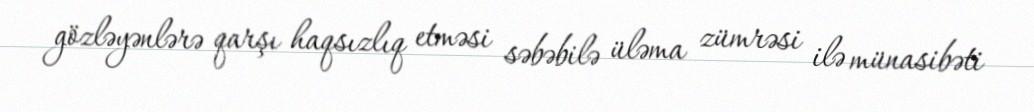
gözləyənlərə qarşı haqsızlıq etməsi səbəbilə üləma zümrəsi ilə münasibəti